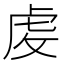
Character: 䖍